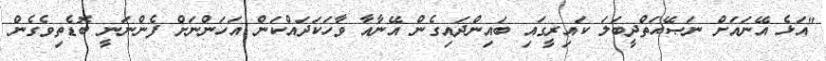
"އަޅެ އޭނައަށް ނަޞޭޙަތްދީބަލަ ކައިރީގައި ބައިންދައިގެން އޭނާއާ ވާހަކަދައްކަން އަހަންނަށް ފެންނަނީ ބޮޑެތިވެގެން